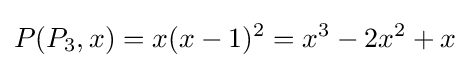
P(P_{3},x)=x(x-1)^{2}=x^{3}-2x^{2}+x